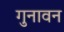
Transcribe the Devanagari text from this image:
गुनावन